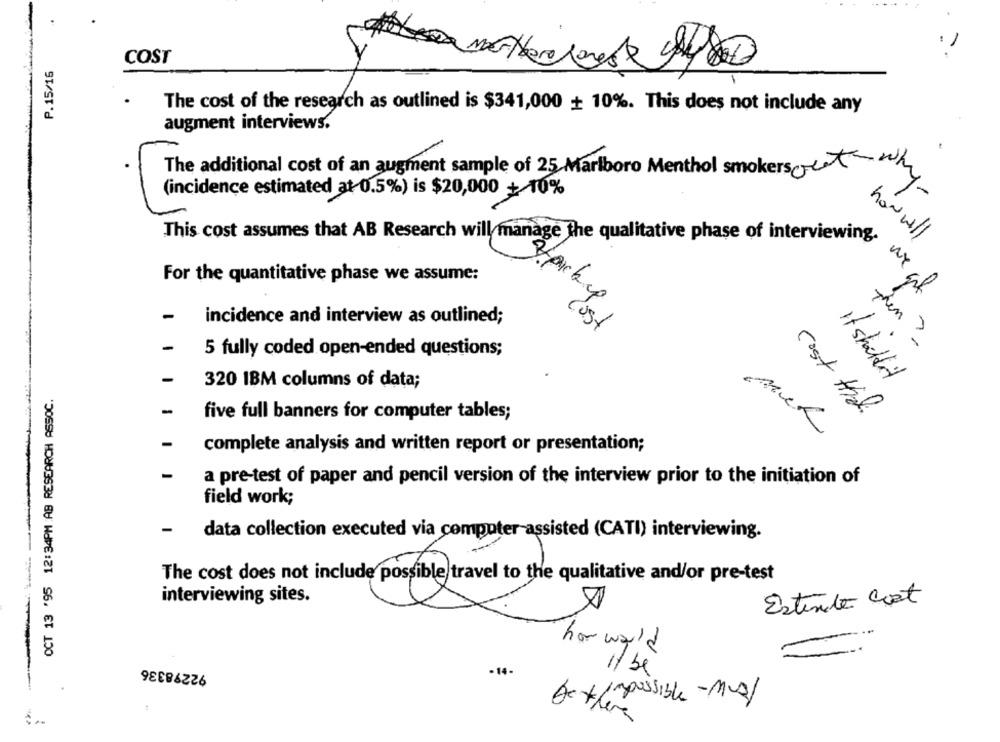
COST
P.15/16
The cost of the research as outlined is $341,000 + 10%. This does not include any
augment interviews.
The additional cost of an augment sample of 25 Marlboro Menthol smokers cedh
(incidence estimated at 0.5%) is $20,000 + 10%
hanwill
This cost assumes that AB Research will manage the qualitative phase of interview
For the quantitative phase we assume:
2/pick up
-
incidence and interview as outlined;
Cost
-
Them -
5 fully coded open-ended questions;
-
320 IBM columns of data;
It shouldn't
OCT 13 '95 12:34PM AB RESEARCH ASSOC.
-
five full banners for computer tables;
Cost til.
mek
-
complete analysis and written report or presentation;
-
a pre-test of paper and pencil version of the interview prior to the initiation of
field work;
-
data collection executed via computer-assisted (CATI) interviewing.
The cost does not include possible travel to the qualitative and/or pre-test
interviewing sites.
Estende Cost
hor ward
92298336
11 be
-14-
-
Derimpossible -Mus/